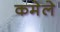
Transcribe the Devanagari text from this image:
कमेले